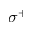
\sigma ^ { + }